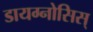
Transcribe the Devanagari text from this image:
डायग्नोसिस्